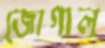
জোগাল